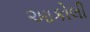
આકોલી